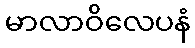
မာလာဝိလေပနံ